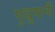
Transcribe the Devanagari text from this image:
गुच्चुपानी